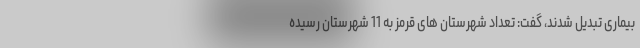
بیماری تبدیل شدند، گفت: تعداد شهرستان های قرمز به 11 شهرستان رسیده